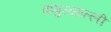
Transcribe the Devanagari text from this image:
पांगुळगल्ली